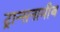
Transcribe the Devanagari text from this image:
ट्रान्सनामीब